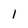
Character: 1